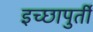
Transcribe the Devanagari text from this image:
इच्छापुर्ती